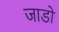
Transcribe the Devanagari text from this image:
जाडो